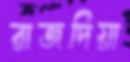
রাজদিয়া